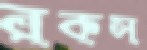
রকস